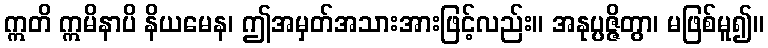
ဣတိ ဣမိနာပိ နိယမေန၊ ဤအမှတ်အသားအားဖြင့်လည်း။ အနုပ္ပဇ္ဇိတွာ၊ မဖြစ်မူ၍။